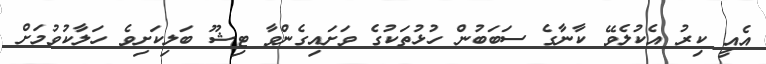
އެއީ ކިރު އެކުލެވޭ ކާނާގެ ސަބަބުން ހުޅުތަކުގެ ވަށައިގެންވާ ޓިޝޫ ބަލިކަށިވެ ހަލާކުވުމަށް